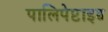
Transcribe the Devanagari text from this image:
पालिपेप्टाइड